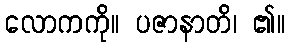
လောကကို။ ပဇာနာတိ၊ ၏။